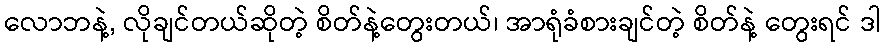
လောဘနဲ့, လိုချင်တယ်ဆိုတဲ့ စိတ်နဲ့တွေးတယ်၊ အာရုံခံစားချင်တဲ့ စိတ်နဲ့ တွေးရင် ဒါ